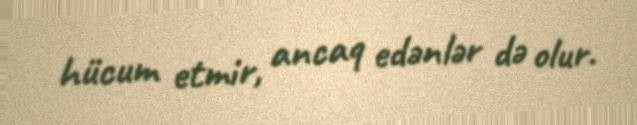
hücum etmir, ancaq edənlər də olur.